Civil Veterinary Department Bengal reports 1933-51 - 1933-1951
Year: 1933
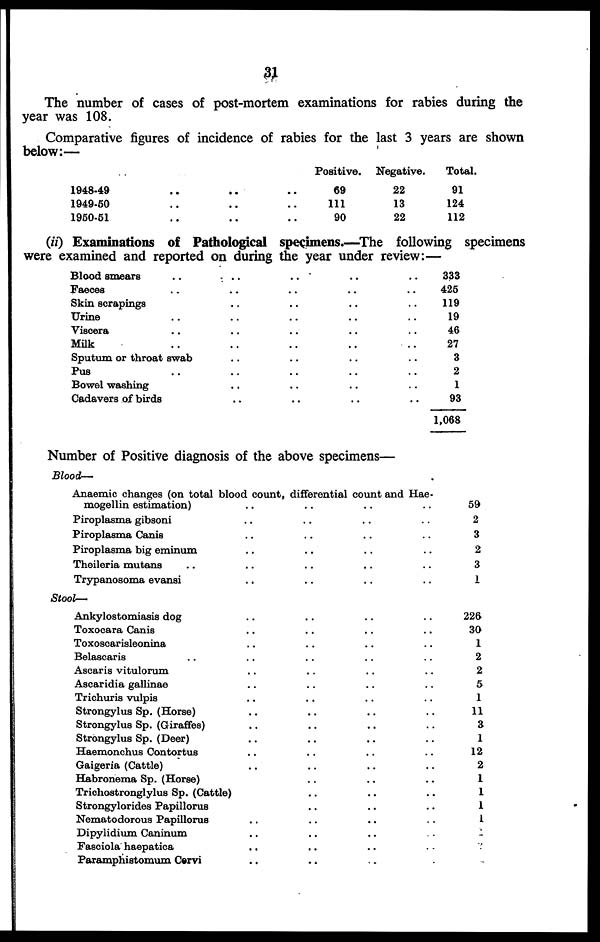
31
The number of cases of post-mortem examinations for rabies during the
year was 108.
Comparative figures of incidence of rabies for the last 3 years are shown
below:—
1948-49 .. .. ..
1949-50 .. .. ..
1950-51 .. .. ..
Positive.
69
111
90
Negative.
22
13
22
Total.
91
124
112
(if) Examinations of Pathological specimens.—The following specimens
were examined and reported on during the year under review:—
Blood smears .. .. .. .. ..
Faeces .. .. .. .. ..
Skin scrapings .. .. .. ..
Urine .. .. .. .. ..
Viscera .. .. .. .. ..
Milk .. .. .. .. ..
Sputum or throat swab .. .. .. ..
Pus .. .. .. .. ..
Bowel washing .. .. .. ..
Cadavers of birds .. .. .. ..
333
425
119
19
46
27
3
2
1
93
1,068
Number of Positive diagnosis of the above specimens—
Bloods-
Anaemic changes (on total blood count, differential count and Hae-
mogellin estimation) .. .. .. ..
Piroplasma gibsoni .. .. .. ..
Piroplasma Canis .. .. .. ..
Piroplasma big eminum .. .. .. ..
Theileria mutans .. .. .. .. ..
Trypanosoma evansi .. .. .. ..
Stool—
Ankylostomiasis dog .. .. .. ..
Toxocara Canis .. .. .. ..
Toxosoarisleonina .. .. .. ..
Belascaris .. .. .. .. ..
Ascaris vitulorum .. .. .. ..
Ascaridia gallinae .. .. .. ..
Trichuris vulpis .. .. .. ..
Strongylus Sp. (Horse) .. .. .. ..
Strongylus Sp. (Giraffes) .. .. .. ..
Strongylus Sp. (Deer) .. .. .. ..
Haemonchus Contortus .. .. .. ..
Gaigeria (Cattle) .. .. .. ..
Habronema Sp. (Horse) .. .. ..
Trichostronglylus Sp. (Cattle) .. .. ..
Strongylorides Papillorus .. .. .. ..
Nematodorous Papillorus .. .. .. ..
Dipylidium Caninum .. .. .. ..
Fasciola haepatica .. .. .. ..
Paramphistomum Cervi .. .. .. ..
59
2
3
2
3
1
226
30
1
2
2
5
1
11
3
1
12
2
1
1
1
1
1
1
1